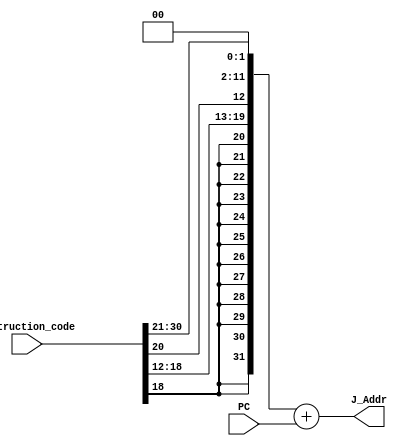
`timescale 1ns / 1ps
//////////////////////////////////////////////////////////////////////////////////
// Company: 
// Engineer: 
// 
// Design Name: 
// Module Name: jmp_addr_calc
// Project Name: 
// Target Devices: 
// Tool Versions: 
// Description: 
// 
// Dependencies: 
// 
// Revision:
// Revision 0.01 - File Created
// Additional Comments:
// 
//////////////////////////////////////////////////////////////////////////////////


module jmp_addr_calc(
    input [31:0] Instruction_code,
    input [31:0] PC,
    output [31:0] J_Addr
    );
    wire [19:0] Imm={Instruction_code[31],Instruction_code[19:12],Instruction_code[20],Instruction_code[30:21]};
    wire [19:0] Shft_2=Imm<<2;
    wire [31:0] X={{12{Shft_2[19]}},Shft_2};
    assign J_Addr = X + PC;
endmodule